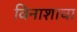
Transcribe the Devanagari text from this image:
विनाशाचा